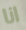
انا